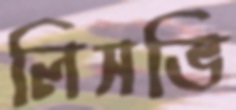
লিসভি